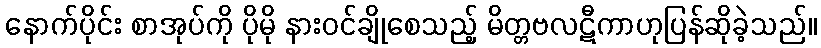
နောက်ပိုင်း စာအုပ်ကို ပိုမို နားဝင်ချိုစေသည့် မိတ္တဗလဋီကာဟုပြန်ဆိုခဲ့သည်။